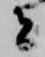
者